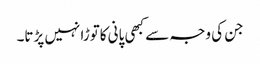
جن کی وجہ سے کبھی پانی کاتوڑا نہیں پڑتا۔